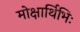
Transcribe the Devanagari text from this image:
मोक्षार्थिभिः